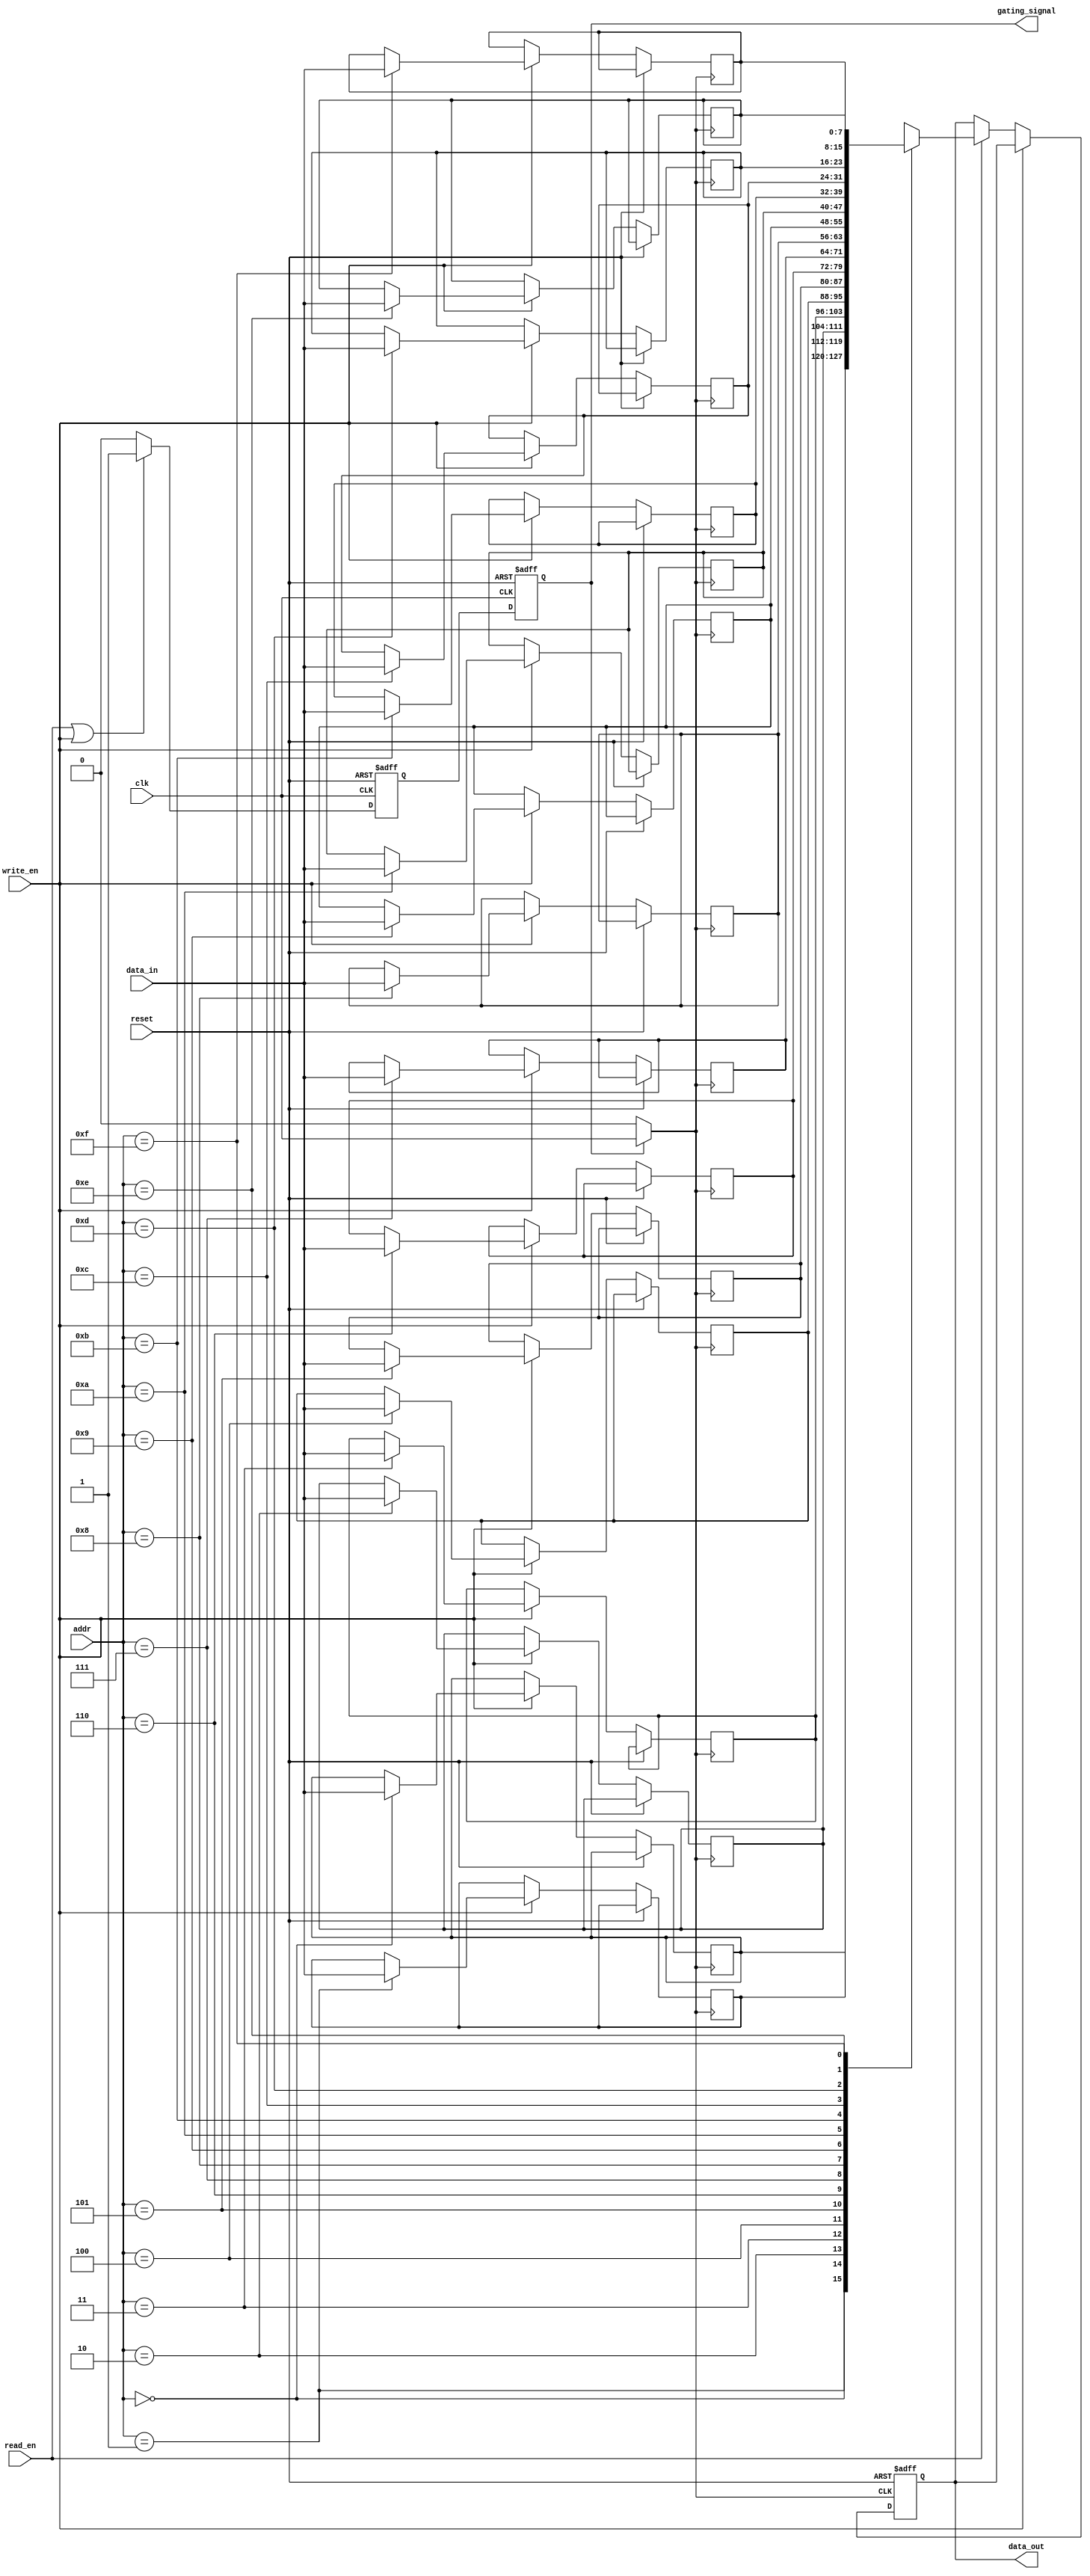
module memory_block #(
    parameter ADDR_WIDTH = 4, // Address width (for 16 locations)
    parameter DATA_WIDTH = 8  // Data width
)(
    input wire clk,               // Main clock
    input wire reset,             // Reset signal
    input wire read_en,           // Read enable
    input wire write_en,          // Write enable
    input wire [ADDR_WIDTH-1:0] addr, // Address
    input wire [DATA_WIDTH-1:0] data_in, // Data input
    output reg [DATA_WIDTH-1:0] data_out, // Data output
    output reg gating_signal       // Clock gating signal
);

    // Memory array declaration
    reg [DATA_WIDTH-1:0] memory_array [(1 << ADDR_WIDTH) - 1:0];

    // Activity Detector
    reg activity_detected;

    // Clock gating logic
    wire gated_clk;
    assign gated_clk = gating_signal ? clk : 1'b0;

    // Activity detection logic
    always @(posedge clk or posedge reset) begin
        if (reset) begin
            activity_detected <= 1'b0;
        end else begin
            if (read_en || write_en) begin
                activity_detected <= 1'b1;
            end else begin
                activity_detected <= 1'b0;
            end
        end
    end

    // Clock gating control logic
    always @(posedge clk or posedge reset) begin
        if (reset) begin
            gating_signal <= 1'b1; // Enable clock by default
        end else begin
            gating_signal <= activity_detected; // Enable clock only during activity
        end
    end

    // Memory read/write operations
    always @(posedge gated_clk or posedge reset) begin
        if (reset) begin
            data_out <= 0;
        end else if (write_en) begin
            memory_array[addr] <= data_in; // Write data to memory
        end else if (read_en) begin
            data_out <= memory_array[addr]; // Read data from memory
        end
    end

endmodule